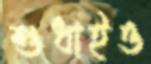
শুধাইও